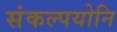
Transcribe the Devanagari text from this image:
संकल्पयोनि